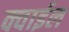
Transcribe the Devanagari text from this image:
क्वाईल